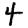
Digit: 4